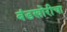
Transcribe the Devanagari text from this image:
बंडखोरीचा